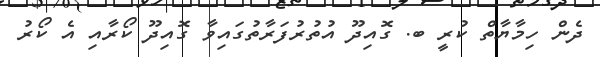
ދެން ހިމާޔާތް ކުރީ ބ. ގޮއިދޫ އުތުރުފަރާތުގައިވާ ގޮއިދޫ ކޯރާއި އެ ކޯރު